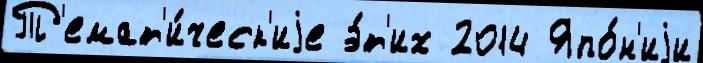
Т'емат'и́ческ'иjе э́т'их 2014 Япо́н'иjи